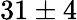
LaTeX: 31\pm 4